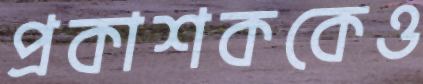
প্রকাশককেও